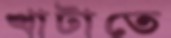
খাটাতে